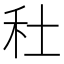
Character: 𥝟